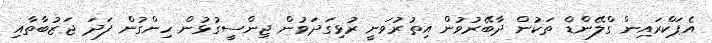
އެޕަކްރައިން ގްލޭންޑް ތަކުން ދާބޭރުވުން އިތުރުވަނީ ރުޅިގަދަވުން ޖިންސީގުޅުން ހިންގުން ފަދަ ޖަޒުބާތާއި